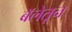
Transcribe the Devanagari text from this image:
बॅलेतून